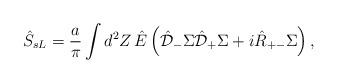
LaTeX: \begin{align*}\hat{S}_{sL}=\frac{a}{\pi }\int d^{2}Z\, \hat{E}\left( \hat{\cal D}_{-}\Sigma \hat{\cal D}_{+}\Sigma +i\hat{R}_{+-}\Sigma\right),\end{align*}